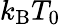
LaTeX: k_{\mathrm{B}}T_{0}